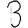
Digit: 3